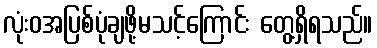
လုံးဝအပြစ်ပုံချဖို့မသင့်ကြောင်း တွေ့ရှိရသည်။